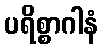
ပရိစ္စာဂါနံ